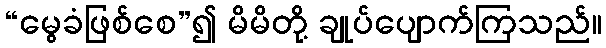
“မွေခံဖြစ်စေ”၍ မိမိတို့ ချုပ်ပျောက်ကြသည်။